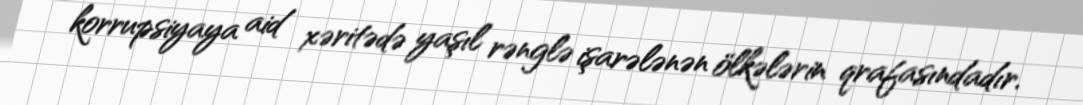
korrupsiyaya aid xəritədə yaşıl rənglə işarələnən ölkələrin qrafasındadır.